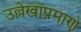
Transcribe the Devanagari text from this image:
उल्लेखांप्रमाणे